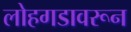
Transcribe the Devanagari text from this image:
लोहगडावरून